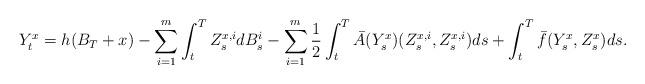
LaTeX: \begin{align*}Y_t^x=h(B_T+x)-\sum_{i=1}^m \int_t^T Z_s^{x,i} dB_s^i-\sum_{i=1}^m\frac{1}{2}\int_t^T \bar A(Y_s^x)(Z_s^{x,i},Z_s^{x,i})ds+\int_t^T \bar f (Y_s^x,Z_s^x)ds.\end{align*}